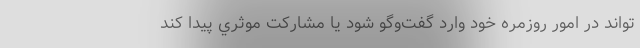
‌تواند در امور روزمره خود وارد گفت‌وگو شود يا مشاركت موثري پيدا كند